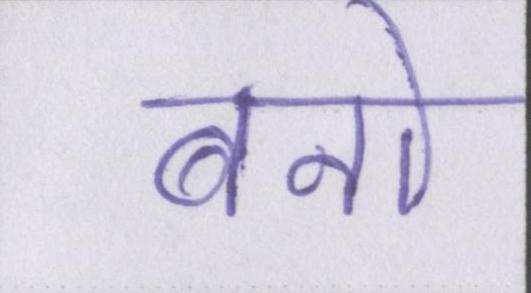
बनो